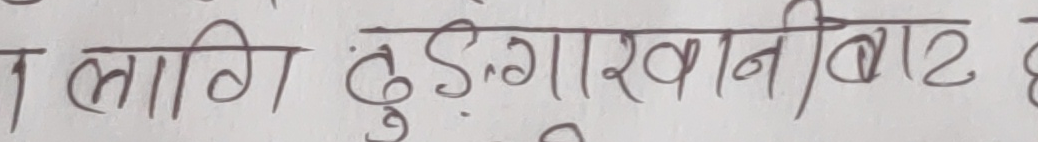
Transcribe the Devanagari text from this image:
त लागि ढुङ्गा र खान बाट छ